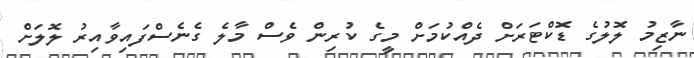
ނާޒިމު ލޮލުގެ ޑޮކްޓަަރަށް ދެއްކުމަށް މީގެ ކުރިން ވެސް މާލެ ގެނެސްފައިވާއިރު ލޮލަށް